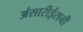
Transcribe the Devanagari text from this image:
अंसारीईरानी